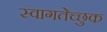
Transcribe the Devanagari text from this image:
स्वागतेच्छुक